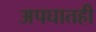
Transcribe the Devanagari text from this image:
अपघातही